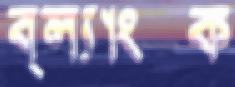
ব্ল্যাংক